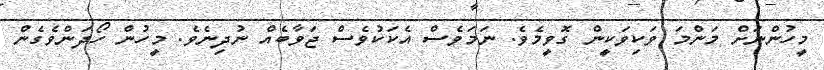
މީހުންނަށް މަންމަ ވަކިވަކީން ގޮވީމެވެ. ނަމަވެސް އެކަކުވެސް ޖަވާބެއް ނުދިނެވެ. މީހުން ހޯދަންވެގެން